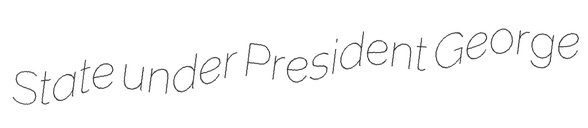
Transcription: State under President George